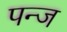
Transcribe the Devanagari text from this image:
पन्ज